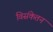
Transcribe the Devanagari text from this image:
विसंकेतन